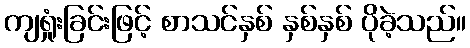
ကျရှုံးခြင်းဖြင့် စာသင်နှစ် နှစ်နှစ် ပိုခဲ့သည်။